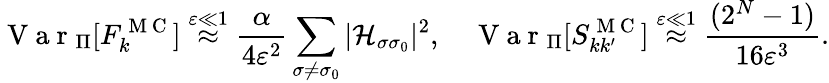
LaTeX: \mathrm{~V~a~r~}_{\Pi}[F_{k}^{\mathrm{~M~C~}}]\stackrel{\varepsilon\ll 1}{\approx}\frac{\alpha}{4\varepsilon^{2}}\sum_{\sigma\neq\sigma_{0}}|\mathcal{H}_{\sigma\sigma_{0}}|^{2},\quad\mathrm{~V~a~r~}_{\Pi}[S_{kk^{\prime}}^{\mathrm{~M~C~}}]\stackrel{\varepsilon\ll 1}{\approx}\frac{(2^{N}-1)}{16\varepsilon^{3}}.